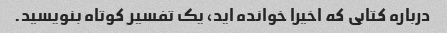
درباره کتابی که اخیرا خوانده اید، یک تفسیر کوتاه بنویسید.